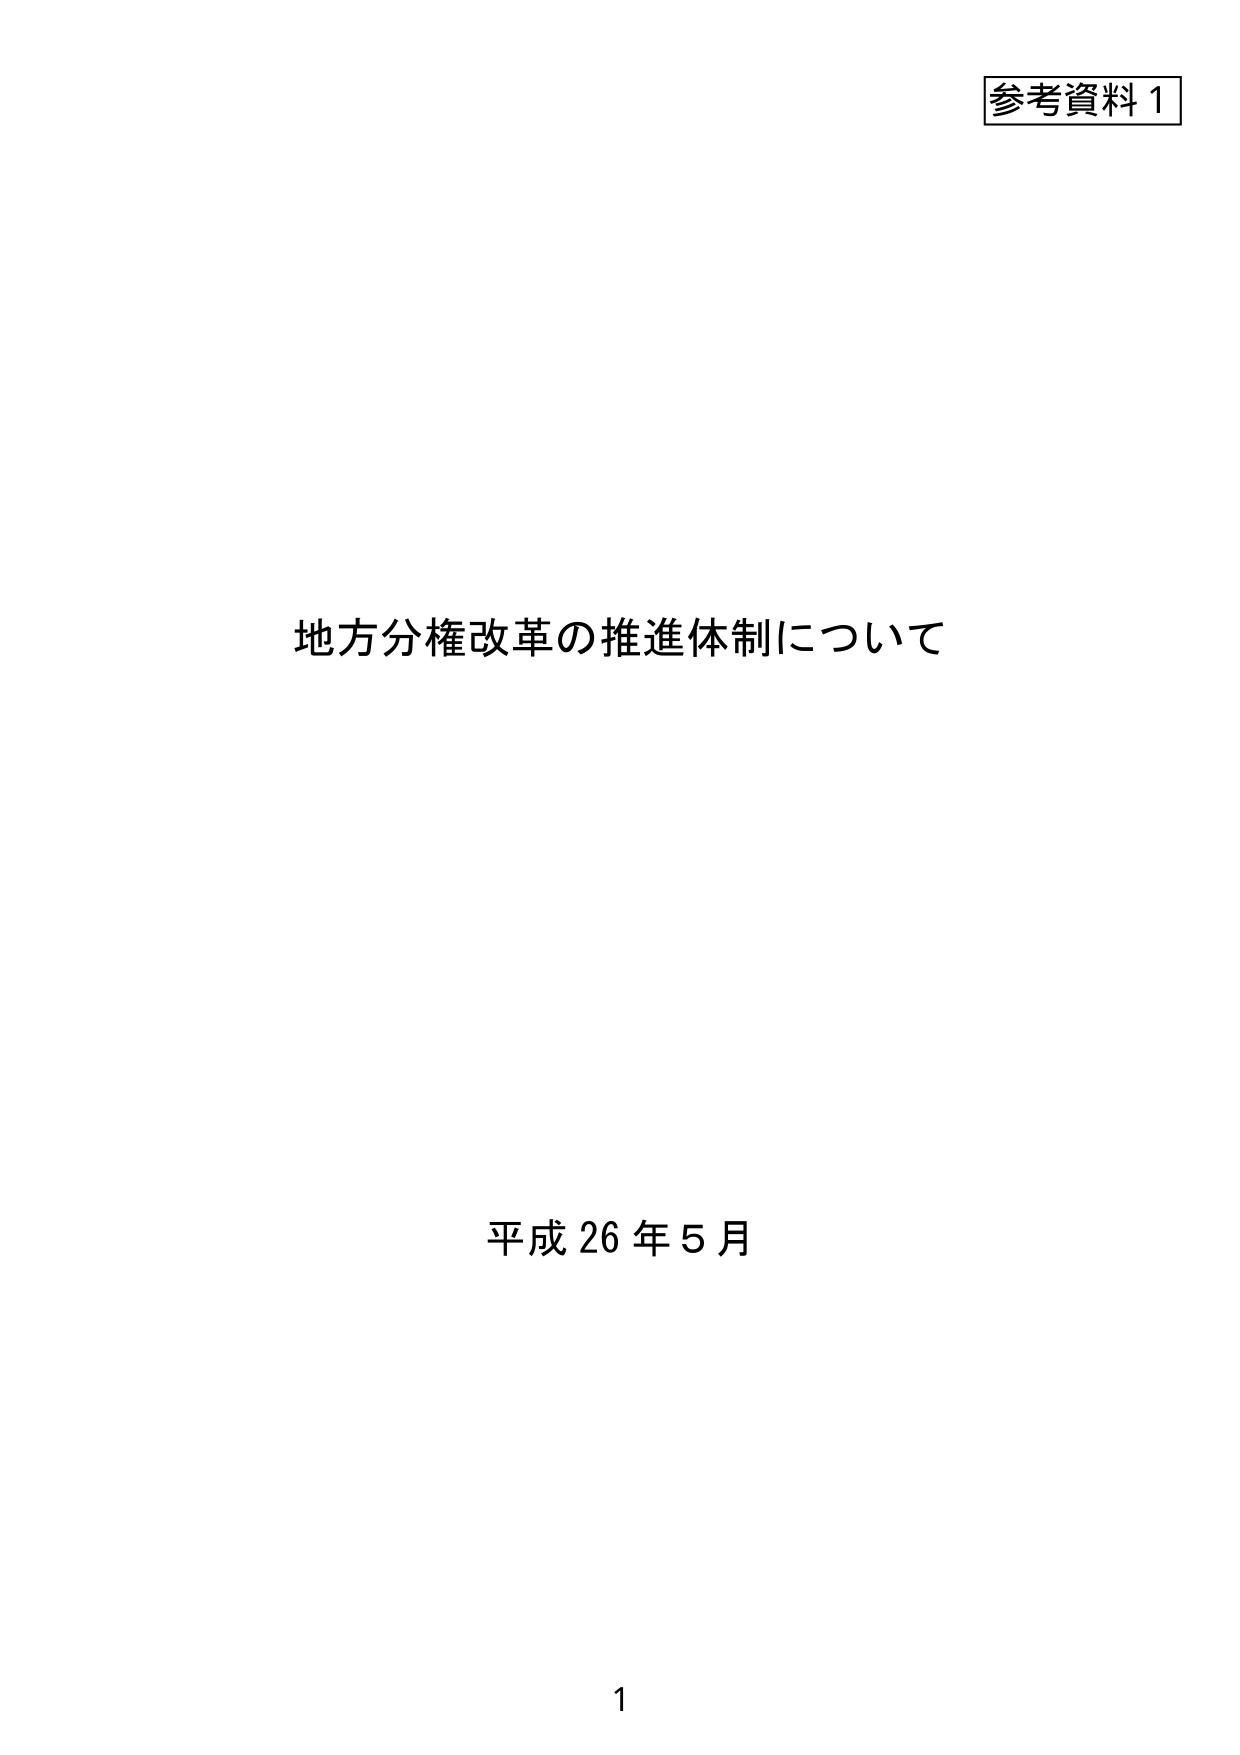
参考資料 1
地方分権改革の推進体制について
平成 26 年 5 月
1